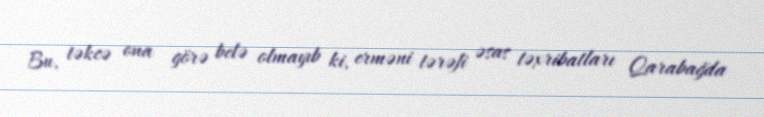
Bu, təkcə ona görə belə olmayıb ki, erməni tərəfi əsas təxribatları Qarabağda